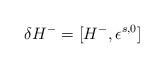
LaTeX: \begin{align*}\delta H^- = [H^- , \epsilon^{s,0} ]\end{align*}